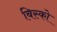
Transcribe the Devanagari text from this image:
बिस्को